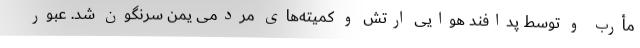
مأرب و توسط پدافند هوایی ارتش و کمیته‌های مردمی یمن سرنگون شد. عبور